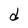
Character: d